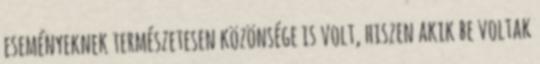
eseményeknek természetesen közönsége is volt, hiszen akik be voltak